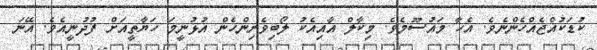
ކުޑަކުއްޖެއްހެންނެވެ. އެހާ މައުސޫމެވެ. މިކާލް އާއިއެކު ލޯބިވެރިންހެން އުޅުނީމަ ހަޔާތީއަށް ފުދުނީއެވެ. އޭނަ